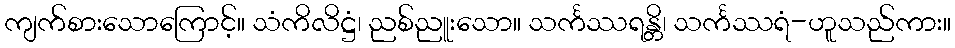
ကျက်စားသောကြောင့်။ သံကိလိဋ္ဌံ၊ ညစ်ညူးသော။ သင်္ကဿရန္တိ၊ သင်္ကဿရံ-ဟူသည်ကား။